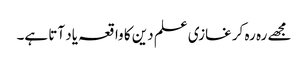
مجھے رہ رہ کر غازی علم دین کا واقعہ یاد آتا ہے۔